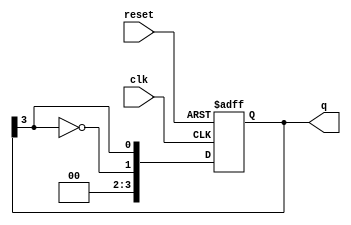
module johnson_counter #(
    parameter n = 4  // Number of flip-flops
)(
    input wire clk,      // Clock input
    input wire reset,    // Asynchronous reset input
    output reg [n-1:0] q // Counter output
);

    always @(posedge clk or posedge reset) begin
        if (reset) begin
            q <= {n{1'b0}}; // Reset all flip-flops to 0
        end else begin
            q <= {~q[n-1], q[n-1:n-1]}; // Shift and feedback inverted last flip-flop
        end
    end

endmodule